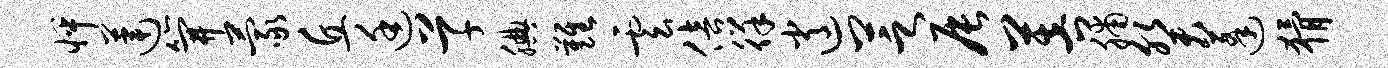
怦莲笄蒙丘廷草腆难云倍徉逍芝辰菩脯癸蓬猾